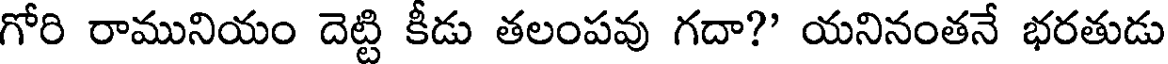
గోరి రామునియం దెట్టి కీడు తలంపవు గదా?' యనినంతనే భరతుడు